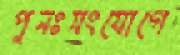
পুনঃসংযোগে